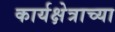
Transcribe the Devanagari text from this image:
कार्यक्षेत्राच्या